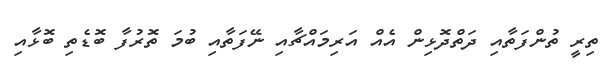
ތިރީ ތުންފަތާއި ދަތްދޮޅިން އެއް އަރިމައްޗާއި ނޭފަތާއި ބުމަ ތޮރުފާ ބޮޑެތި ބޮޅާއި